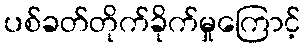
ပစ်ခတ်တိုက်ခိုက်မှုကြောင့်